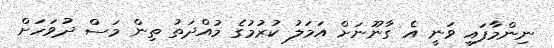
ނިންމާފައި ވަނީ އެ ގާނޫނަށް އަމަލު ކުރުމުގެ މުއްދަތު ތިން މަސް ދުވަހަށް